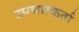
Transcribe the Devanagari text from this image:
उपचारकर्ता